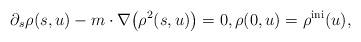
LaTeX: \begin{align*}\partial_s \rho(s,u) - m \cdot \nabla\big(\rho^2(s,u)\big) = 0, \rho(0,u)=\rho^{\rm ini}(u),\end{align*}